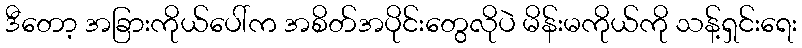
ဒီတော့ အခြားကိုယ်ပေါ်က အစိတ်အပိုင်းတွေလိုပဲ မိန်းမကိုယ်ကို သန့်ရှင်းရေး